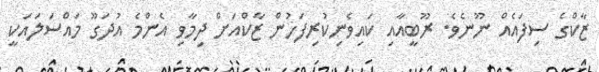
ޒާކްގެ ސިފައެއް ނޫނެވެ. ރޫބީއާއި ކައިވެނިކުރިފަހުން ޒާކްއަށް ދިމާވި އެންމެ އުދަގޫ މައްސަލައަކީ